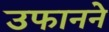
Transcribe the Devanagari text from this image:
उफानने